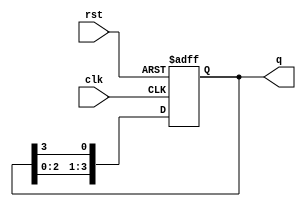
module ring_counter (
    input wire clk,       // Clock signal
    input wire rst,       // Reset signal
    output reg [N-1:0] q  // Output state of the ring counter
);
    parameter N = 4;      // Number of flip-flops (bits in the ring counter)

    // Initial state
    initial begin
        q = 1'b1;         // Start with the first flip-flop set to '1'
    end

    always @(posedge clk or posedge rst) begin
        if (rst) begin
            q <= 1'b1;     // Reset to initial state
        end else begin
            q <= {q[N-2:0], q[N-1]}; // Shift the '1' through the flip-flops
        end
    end
endmodule